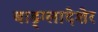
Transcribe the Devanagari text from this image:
बाड़्ग्लादेशेर